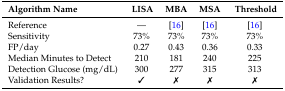
<table><thead><tr><td><b>Algorithm Name</b></td><td><b>LISA</b></td><td><b>MBA</b></td><td><b>MSA</b></td><td><b>Threshold</b></td></tr></thead><tbody><tr><td>Reference</td><td>—</td><td>[16]</td><td>[16]</td><td>[16]</td></tr><tr><td>Sensitivity</td><td>73%</td><td>73%</td><td>73%</td><td>73%</td></tr><tr><td>FP/day</td><td>0.27</td><td>0.43</td><td>0.36</td><td>0.33</td></tr><tr><td>Median Minutes to Detect</td><td>210</td><td>181</td><td>240</td><td>225</td></tr><tr><td>Detection Glucose (mg/dL)</td><td>300</td><td>277</td><td>315</td><td>313</td></tr><tr><td>Validation Results?</td><td>✓</td><td>✗</td><td>✗</td><td>✗</td></tr></tbody></table>